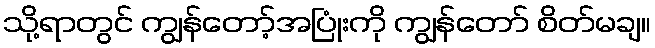
သို့ရာတွင် ကျွန်တော့်အပြုံးကို ကျွန်တော် စိတ်မချ။